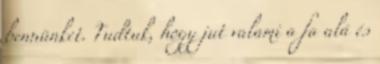
bennünket. Tudtuk, hogy jut valami a fa alá és